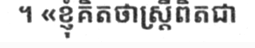
។ «ខ្ញុំគិតថាស្ត្រីពិតជា